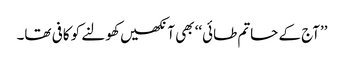
’’آج کے حاتم طائی‘‘ بھی آنکھیں کھولنے کو کافی تھا۔